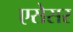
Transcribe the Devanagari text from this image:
एसेसर